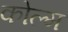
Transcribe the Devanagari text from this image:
कोल्म